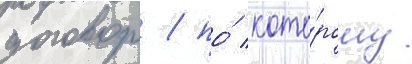
договор / по́ кото́рому